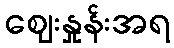
ဈေးနှုန်းအရ